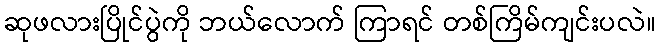
ဆုဖလားပြိုင်ပွဲကို ဘယ်လောက် ကြာရင် တစ်ကြိမ်ကျင်းပလဲ။